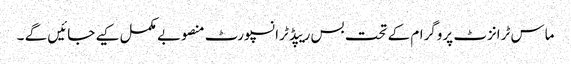
ماس ٹرانزٹ پروگرام کے تحت بس ریپڈ ٹرانسپورٹ منصوبے مکمل کیے جائیں گے ۔